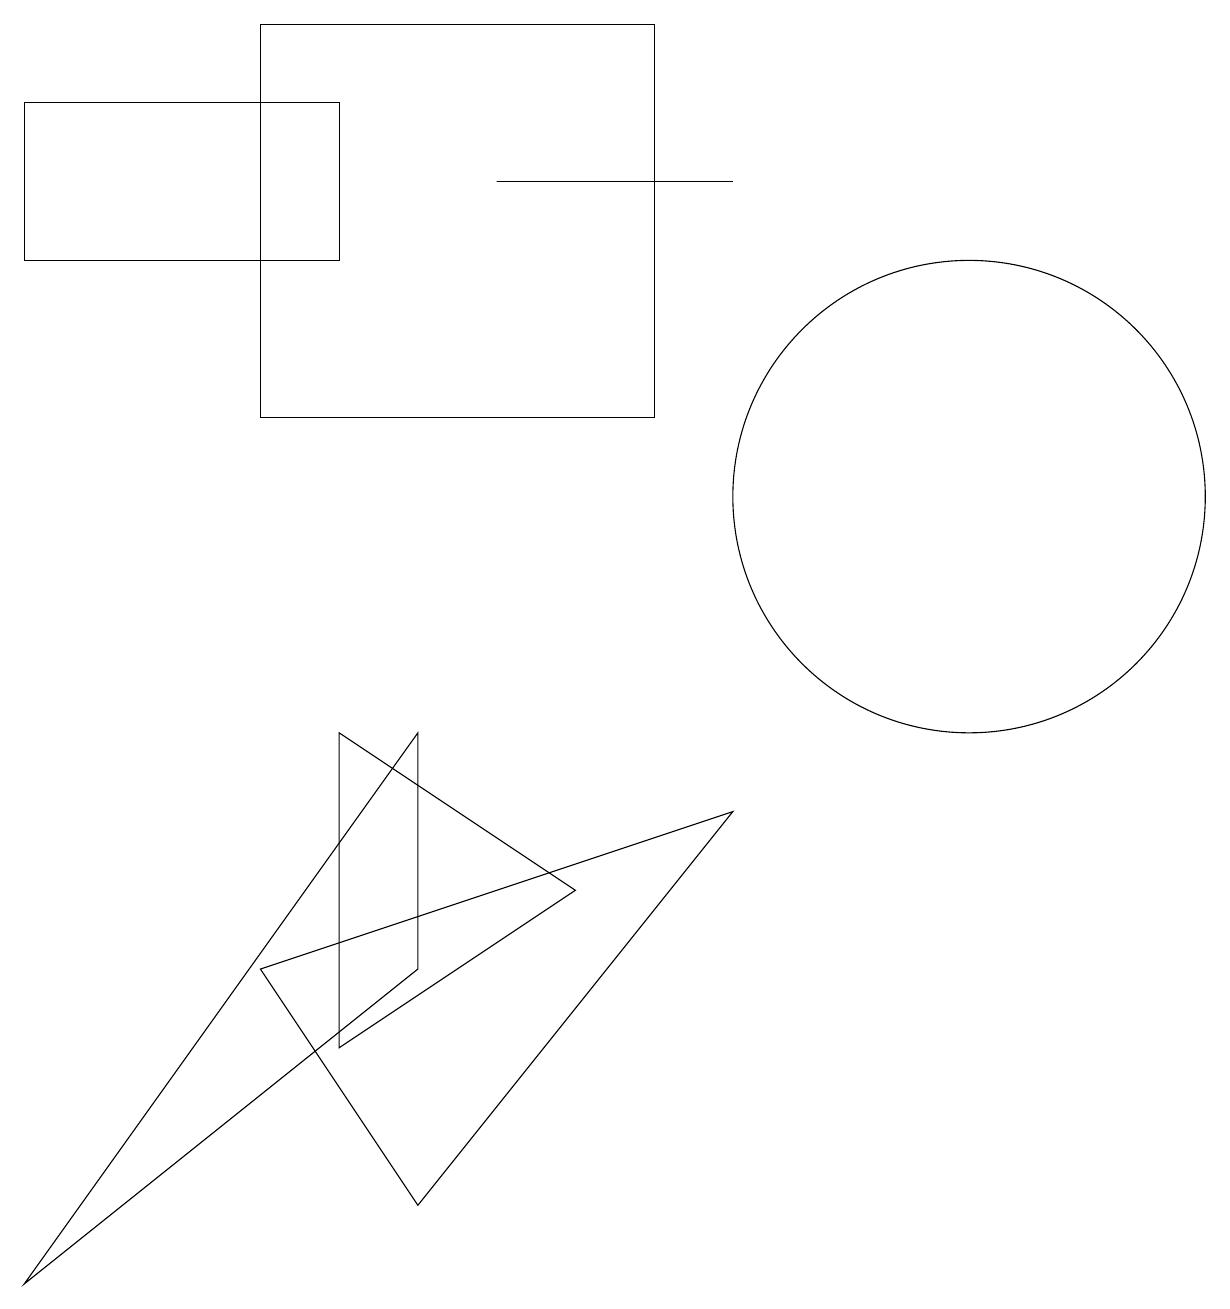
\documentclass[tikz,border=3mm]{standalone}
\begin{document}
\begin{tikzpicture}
\draw (3,16) rectangle (8,11);
\draw (6,14) rectangle (9,14);
\draw (4,13) rectangle (0,15);
\draw (12,10) circle (3);
\draw (10,10) circle (0);
\draw (3,4) -- (5,1) -- (9,6) -- cycle;
\draw (5,4) -- (5,7) -- (0,0) -- cycle;
\draw (4,3) -- (4,7) -- (7,5) -- cycle;
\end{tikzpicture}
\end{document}